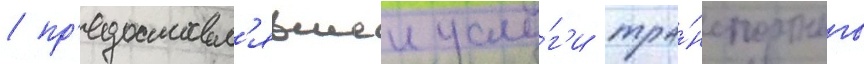
/ пр'едоставл'явшеи услу́г'и тра́нспортного